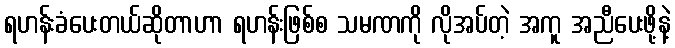
ရဟန်းခံပေးတယ်ဆိုတာဟာ ရဟန်းဖြစ်စ သမဏကို လိုအပ်တဲ့ အကူ အညီပေးဖို့နဲ့